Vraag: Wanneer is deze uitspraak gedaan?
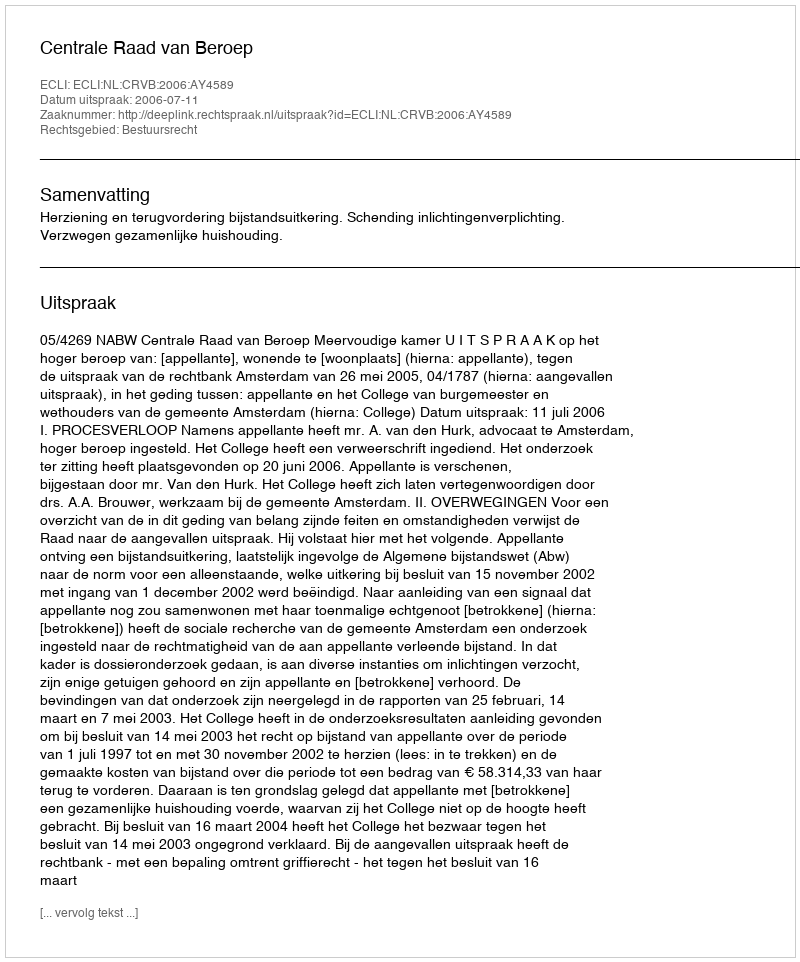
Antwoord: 2006-07-11